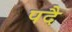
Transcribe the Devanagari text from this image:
पदै